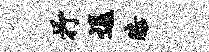
抒逗膝